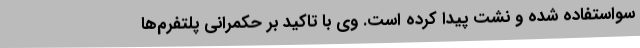
سواستفاده شده و نشت پیدا کرده است. وی با تاکید بر حکمرانی پلتفرم‌ها